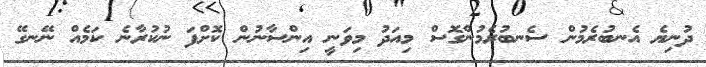
ދުނިޔެ އެނބުރެމުން ސެނބުރެމުންގޮސް މިއަދު މިވަނީ އިންސާނުން ކޮށްފަ ނުކުރާނެ ކަމެއް ނޭނގޭ